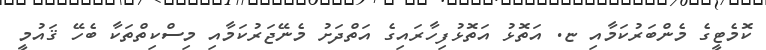
ކޮމެޓީގެ މެންބަރުކަމާއި ޏ. އަތޮޅު އަތޮޅުފިހާރައިގެ އަތްދަށު މެނޭޖަރުކަމާއި މިސްކިތްތަކާ ބެހޭ ޤައުމީ